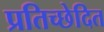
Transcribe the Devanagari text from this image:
प्रतिच्छेदित